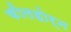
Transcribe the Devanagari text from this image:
कीलहोर्न